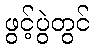
ဖွင့်ပွဲတွင်